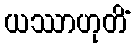
ယဿာဟုတိံ